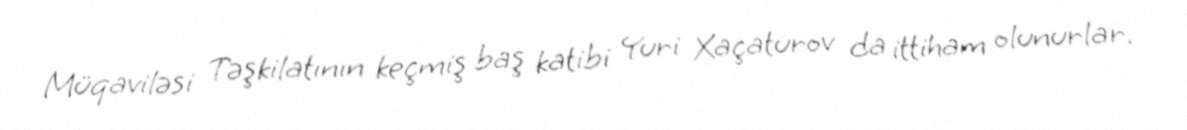
Müqaviləsi Təşkilatının keçmiş baş katibi Yuri Xaçaturov da ittiham olunurlar.